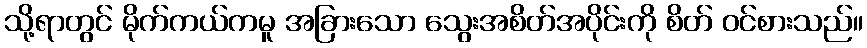
သို့ရာတွင် မိုက်ကယ်ကမူ အခြားသော သွေးအစိတ်အပိုင်းကို စိတ် ဝင်စားသည်။